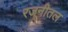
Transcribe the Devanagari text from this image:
रजनीतल